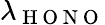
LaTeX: \lambda_{\mathrm{~H~O~N~O~}}